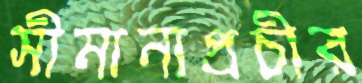
সীমানাপ্রচীর